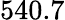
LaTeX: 540.7